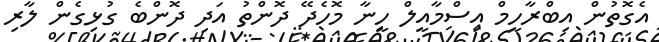
އެގޮތުން އިބްރާހީމް އިސްމާއީލް ހީނާ މޮހެދޭ ދޮންތު އަދި ދޮންބެ ގުޅިގެން ލާރި